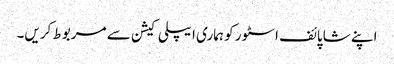
اپنے شاپائف اسٹور کو ہماری ایپلی کیشن سے مربوط کریں۔